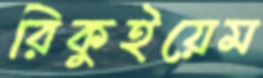
রিকুইয়েম